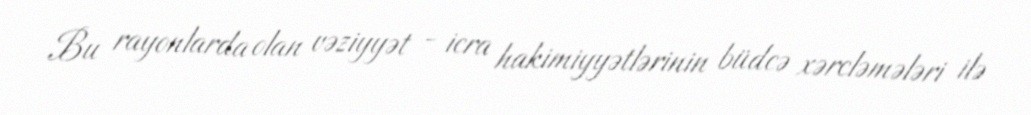
Bu rayonlarda olan vəziyyət - icra hakimiyyətlərinin büdcə xərcləmələri ilə